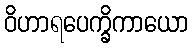
ဝိဟာရပေက္ခိကာယော